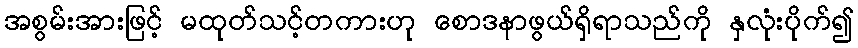
အစွမ်းအားဖြင့် မထုတ်သင့်တကားဟု စောဒနာဖွယ်ရှိရာသည်ကို နှလုံးပိုက်၍